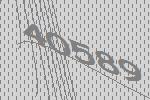
40589